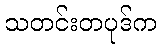
သတင်းတပုဒ်က